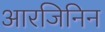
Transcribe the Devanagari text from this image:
आरजिनिन